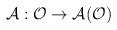
LaTeX: \begin{align*}\mathcal{A}:\mathcal{O}\rightarrow \mathcal{A(O)}\end{align*}